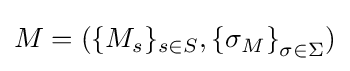
M=(\{{M_{s}}\}_{s\in S},{\{\sigma _{M}\}}_{\sigma \in \Sigma })